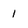
Character: 1